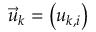
{ { \vec { u } } _ { k } } = \left( { { u } _ { k , i } } \right)